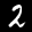
Label: 2